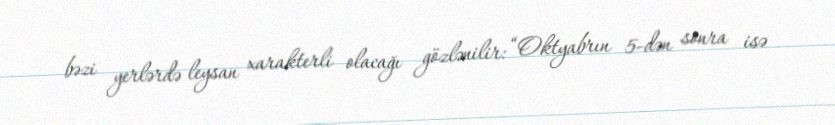
bəzi yerlərdə leysan xarakterli olacağı gözlənilir: “Oktyabrın 5-dən sonra isə